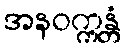
အနဝက္ကန္တံ